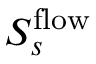
S _ { s } ^ { \mathrm { f l o w } }